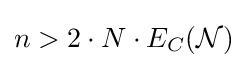
n>2\cdot N\cdot E_{C}({\mathcal {N}})